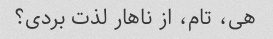
هی، تام، از ناهار لذت بردی؟